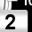
Digit: 2